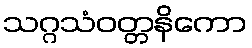
သဂ္ဂသံဝတ္တနိကော